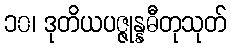
၁၀၊ ဒုတိယပဇ္ဇုန္နဓီတုသုတ်